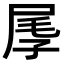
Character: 𡱬